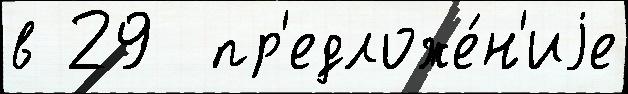
в 29  пр'едложе́н'иjе